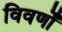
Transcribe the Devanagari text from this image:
विवर्णों